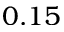
0 . 1 5